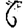
Digit: 6